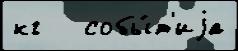
кг   собы́т'иjа